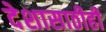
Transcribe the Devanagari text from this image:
देशासाठीही